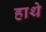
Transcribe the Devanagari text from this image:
हाथे